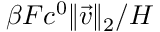
\beta F c ^ { 0 } \| \vec { v } \| _ { 2 } / H